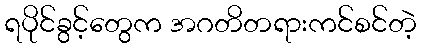
ရပိုင်ခွင့်တွေက အဂတိတရားကင်စင်တဲ့